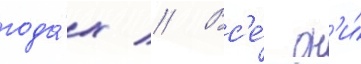
года́х // Вс'е́ он'и́